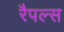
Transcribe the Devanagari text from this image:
रैपल्स